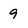
Character: 9